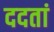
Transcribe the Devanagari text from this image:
ददतां